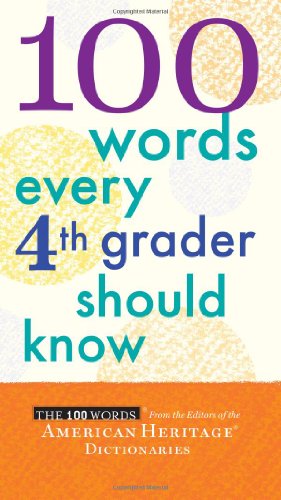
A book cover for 100 Words Every Fourth Grader Should Know; Editors of the American Heritage Dictionaries; Reference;